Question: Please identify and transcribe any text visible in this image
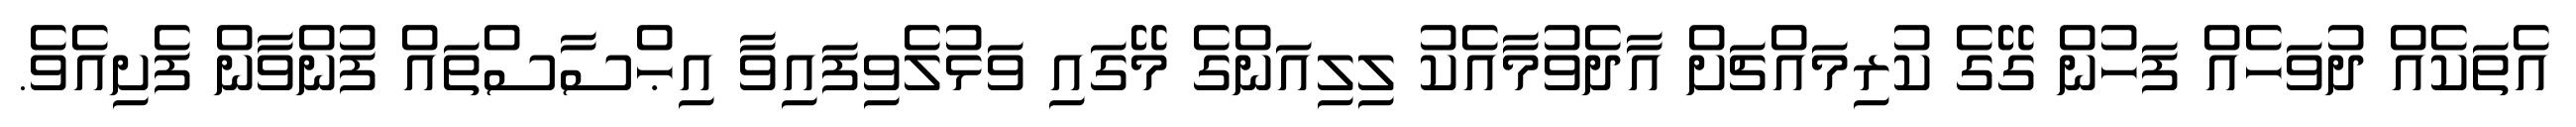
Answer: އެތަކެއް ދުވަހެއް ފަހުން ގޭގެ ކުރިމައްޗަށް އާދެވުމާއެކު ލިލިއަންގެ މޭގައި ވަޅުލެވިފައިވާ އިޙްސާސްތައް ފުންވާން ފެށިއެވެ.